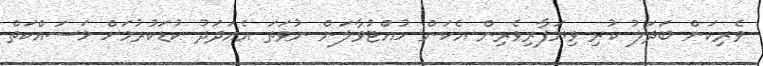
ވެރިކަން ބަދަލު ކުރި ވިޔަފާރިވެރިން އެކަން ހުއްޓުވާލަން ނުވަތަ އެއަދަދު ކުޑަކުރުމަށް މަސައްކަތް